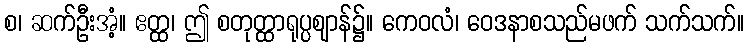
စ၊ ဆက်ဦးအံ့။ ဧတ္ထ၊ ဤ စတုတ္ထာရုပ္ပဈာန်၌။ ကေဝလံ၊ ဝေဒနာစသည်မဖက် သက်သက်။